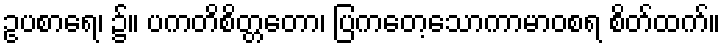
ဥပစာရေ၊ ၌။ ပကတိစိတ္တတော၊ ပြကတေ့သောကာမာဝစရ စိတ်ထက်။